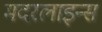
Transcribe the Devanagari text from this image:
मदरलाइन्स